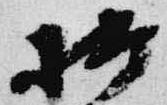
按